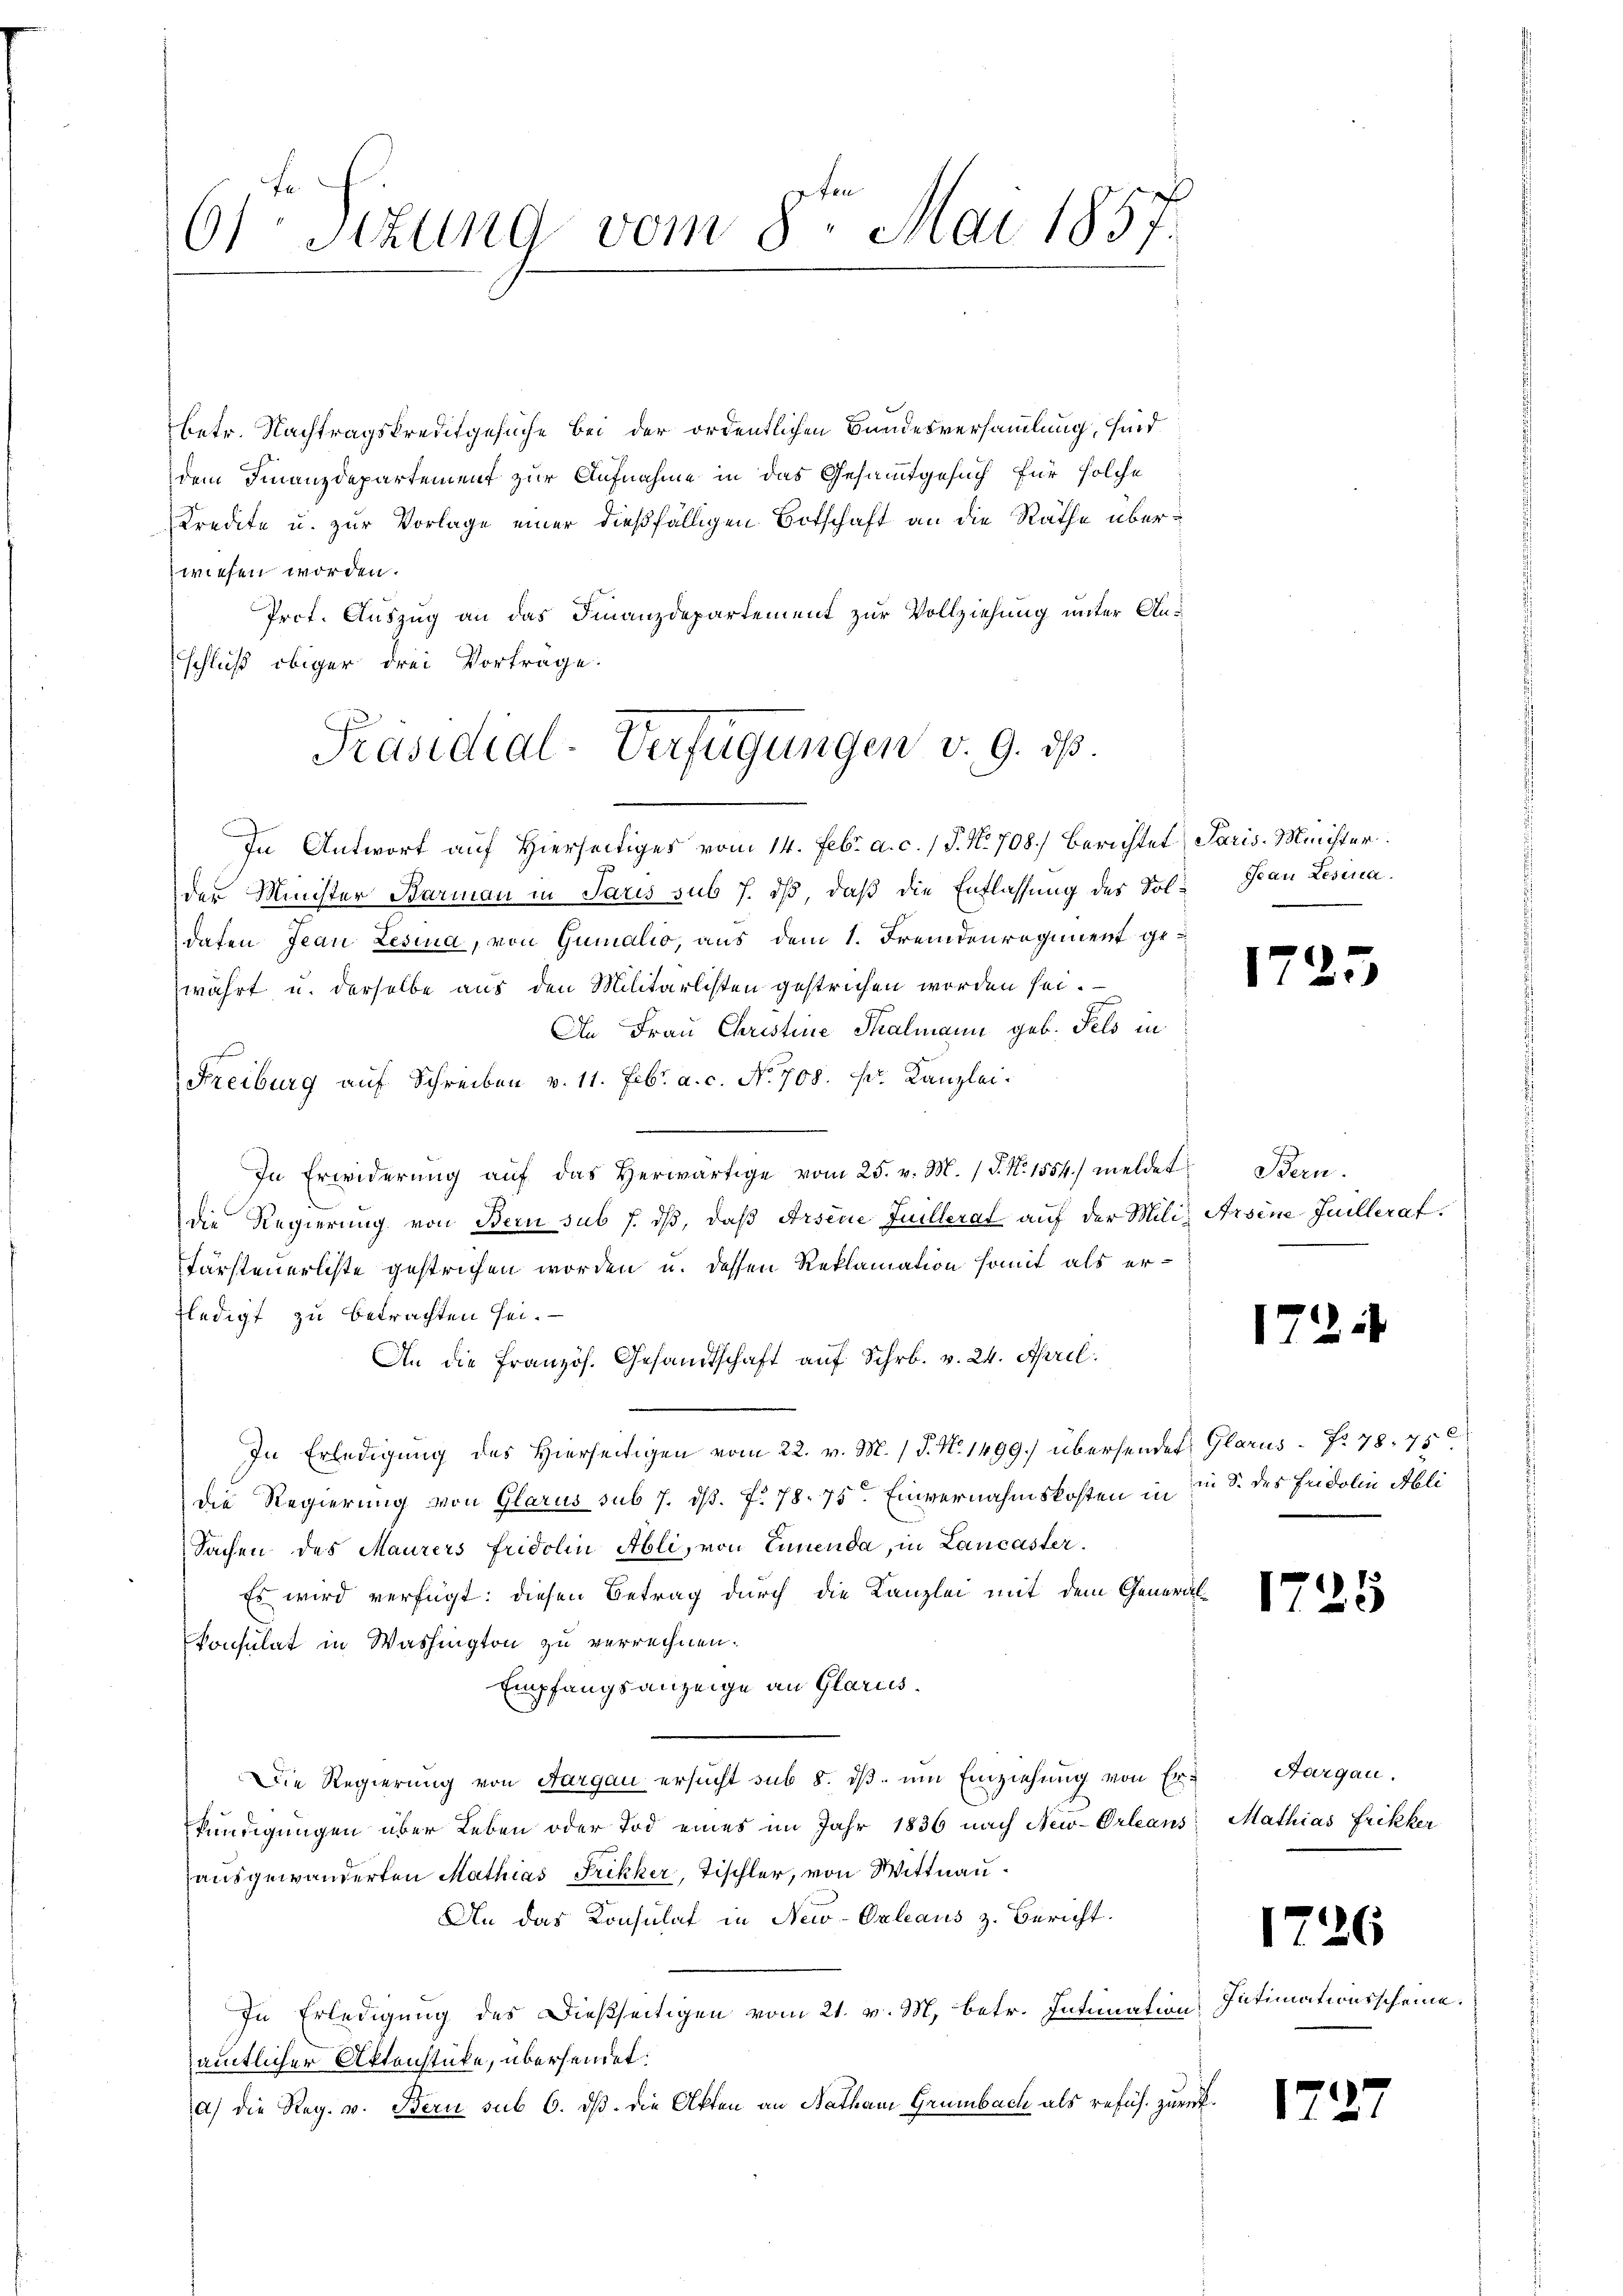
61ten Sizung vom 8ten Mai 1857.

betr. Nachtragskreditgesuche bei der ordentlichen Bundesversammlung, sind
dem Finanzdepartement zur Aufnahme in das Gesamtgesuch für solche
Kredite u. zur Vorlage einer dießfälligen Botschaft an die Räthe überwiesen worden.
Prot. Auszug an das Finanzdepartement zur Vollziehung unter Anschluß obiger drei Vortrage.
In Antwort auf Hierseitiges vom 14. Febr. a. c. / 5. No. 708.) Berichtet Paris-Minister
der Minister Barmann in Paris sub 7. ds, daß die Entlassung des Vol-Hau Lesina
daten Jean Lesina, von Gumalio, aus dem 1. Fremdenregiment gewährt u. derselbe aus den Militarlisten gestrichen worden sei.
An Frau Christine Thalmann geb. Fels in
J
Freiburg aŭf Schreiben v. 11. Febr. a. c. No. 708. fr. Kanzlei
In Erwiderŭng aŭf das herwärtige vom 25. v. M. (T. N. 1554) meldet Bern.
die Regierung von Bern sub 7. dβ, daß Arsene Juillerat auf der Miliz Arsene-Juillerat
Fürsteuerliste gestrichen worden u. dessen Reklamation somit als erfledigt zu betrachten sei.
An die französ. Gesandtschaft auf Schr. v. 24. April.
In Erledigung des Hierseitigen vom 22. v. M. (T. N. 1499. übersendet Glarus Nr. 78. 75
die Regierung von Glarus sub 7. ds. f. 78. 75. Einvernahmskosten in in S. des Fridolin Obli
Sachen des Maurers Fridolin Abli, von Ennenda, in Lancaster.
Es wird verfügt: diesen Betrag durch die Kanzlei mit dem Generalkonsulat in Washington zu verrechnen.
Empfangsanzeige an Glarus.
Die Regierung von Aargau ersucht sub 8. ds. um Einziehung von Er- Sargau,
kündigungen über Leben oder Tod eines im Jahr 1836 nach New-Orleans Mathias Frikker
ausgewanderten Mathias Frikker, Tischler, von Wittnau¬
An das Konsulat in New-Orleaus z. Bericht.
In Erledigung des Dießseitigen vom 21. v. M. betr. Intimation
amtlicher Aktenstücke, übersendet:
a) die Reg. v. Bern sub 6. ds. die Akten an Nathani Grünbach als refuh. zurück¬

Präsidial-Verfügungen v. 9. ds.

.

172.

15

1735

1726

Intimationsscheine.

175